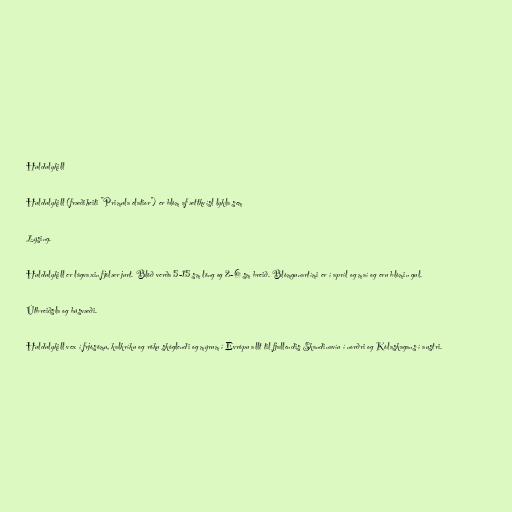
Huldulykill

Huldulykill (fræðiheiti "Primula elatior") er blóm af ættkvísl lykla sem

Lýsing.

Huldulykill er lágvaxin fjölær jurt. Blöð verða 5-15 sm löng og 2-6 sm breið. Blómgunartími er í apríl og maí og eru blómin gul.

Útbreiðsla og búsvæði.

Huldulykill vex í frjósömu, kalkríku og röku skóglendi og mýrum í Evrópu allt til fjallendis Skandinavíu í norðri og Kólaskagans í austri.